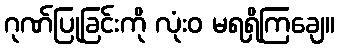
ဂုဏ်ပြုခြင်းကို လုံးဝ မရရှိကြချေ။